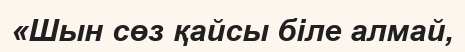
«Шын сөз қайсы біле алмай,